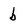
Character: b